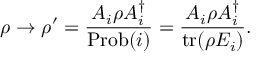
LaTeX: \rho \to \rho ^ { \prime } = { \frac { A _ { i } \rho A _ { i } ^ { \dagger } } { \mathrm { P r o b } ( i ) } } = { \frac { A _ { i } \rho A _ { i } ^ { \dagger } } { \operatorname { t r } ( \rho E _ { i } ) } } .